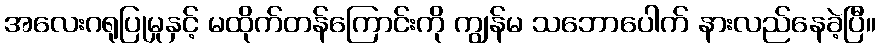
အလေးဂရုပြုမှုနှင့် မထိုက်တန်ကြောင်းကို ကျွန်မ သဘောပေါက် နားလည်နေခဲ့ပြီ။